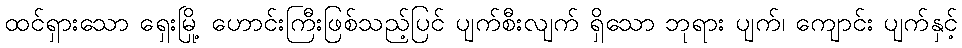
ထင်ရှားသော ရှေးမြို့ ဟောင်းကြီးဖြစ်သည့်ပြင် ပျက်စီးလျက် ရှိသော ဘုရား ပျက်၊ ကျောင်း ပျက်နှင့်